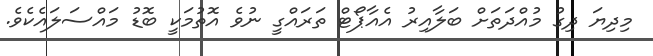
މިދިޔަ ދިގު މުއްދަތަށް ބަލާއިރު އެއާޕޯޓް ތަރައްގީ ނުވެ އޮތުމަކީ ބޮޑު މައްސަލައެކެވެ.